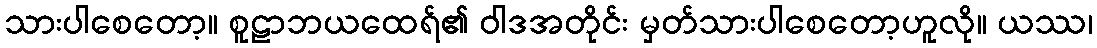
သားပါစေတော့။ စူဠာဘယထေရ်၏ ဝါဒအတိုင်း မှတ်သားပါစေတော့ဟူလို။ ယဿ၊